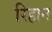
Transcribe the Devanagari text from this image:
रिहान